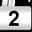
Digit: 2